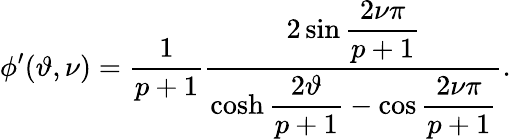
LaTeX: \phi^{\prime}(\vartheta,\nu)=\displaystyle\frac{1}{p+1}\displaystyle\frac{2\sin\displaystyle\frac{2\nu\pi}{p+1}}{\cosh\displaystyle\frac{2\vartheta}{p+1}-\cos\displaystyle\frac{2\nu\pi}{p+1}}.